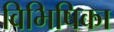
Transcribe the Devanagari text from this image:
विभिषिका